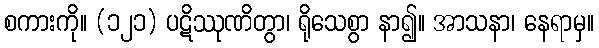
စကားကို။ (၁၂၁) ပဋိဿုဏိတွာ၊ ရိုသေစွာ နာ၍။ အာသနာ၊ နေရာမှ။